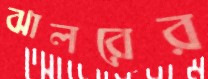
ঝালরের